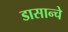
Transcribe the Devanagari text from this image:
डासान्चे